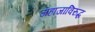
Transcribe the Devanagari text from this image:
जहाजाविरुद्ध